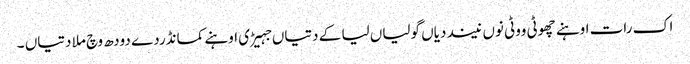
اک رات اوہنے چھوٹی ووٹی نوں نیند دیاں گولیاں لیا کے دتیاں جہیڑی اوہنے کمانڈردے دودھ وچ ملا دتیاں ۔